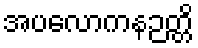
အပလောကနဉတ္တိ